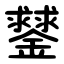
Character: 䥭